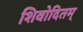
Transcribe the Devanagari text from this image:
शिवोदितम्